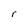
Character: r